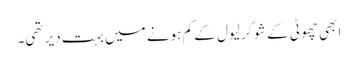
ابھی چھوٹی کے شوگر لیول کے کم ہونے میں بہت دیر تھی۔